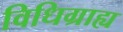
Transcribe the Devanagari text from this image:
विधिग्राह्य